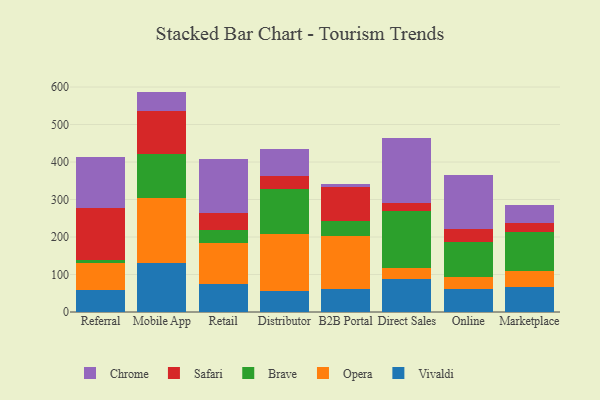
{"axis": {"x": "Channel", "y": "Production Output"}, "legend": ["Brave", "Chrome", "Opera", "Safari", "Vivaldi"], "data": [{"x": "Referral", "y": 59.1, "type": "Vivaldi"}, {"x": "Referral", "y": 71.6, "type": "Opera"}, {"x": "Referral", "y": 8.2, "type": "Brave"}, {"x": "Referral", "y": 138.8, "type": "Safari"}, {"x": "Referral", "y": 136.6, "type": "Chrome"}, {"x": "Mobile App", "y": 130.8, "type": "Vivaldi"}, {"x": "Mobile App", "y": 172.1, "type": "Opera"}, {"x": "Mobile App", "y": 117.7, "type": "Brave"}, {"x": "Mobile App", "y": 115.1, "type": "Safari"}, {"x": "Mobile App", "y": 52.1, "type": "Chrome"}, {"x": "Retail", "y": 75.3, "type": "Vivaldi"}, {"x": "Retail", "y": 109.0, "type": "Opera"}, {"x": "Retail", "y": 34.9, "type": "Brave"}, {"x": "Retail", "y": 43.9, "type": "Safari"}, {"x": "Retail", "y": 144.7, "type": "Chrome"}, {"x": "Distributor", "y": 55.6, "type": "Vivaldi"}, {"x": "Distributor", "y": 153.3, "type": "Opera"}, {"x": "Distributor", "y": 120.3, "type": "Brave"}, {"x": "Distributor", "y": 34.5, "type": "Safari"}, {"x": "Distributor", "y": 71.6, "type": "Chrome"}, {"x": "B2B Portal", "y": 61.3, "type": "Vivaldi"}, {"x": "B2B Portal", "y": 140.6, "type": "Opera"}, {"x": "B2B Portal", "y": 41.5, "type": "Brave"}, {"x": "B2B Portal", "y": 91.2, "type": "Safari"}, {"x": "B2B Portal", "y": 6.8, "type": "Chrome"}, {"x": "Direct Sales", "y": 87.2, "type": "Vivaldi"}, {"x": "Direct Sales", "y": 30.9, "type": "Opera"}, {"x": "Direct Sales", "y": 152.6, "type": "Brave"}, {"x": "Direct Sales", "y": 20.9, "type": "Safari"}, {"x": "Direct Sales", "y": 173.5, "type": "Chrome"}, {"x": "Online", "y": 61.0, "type": "Vivaldi"}, {"x": "Online", "y": 32.1, "type": "Opera"}, {"x": "Online", "y": 94.4, "type": "Brave"}, {"x": "Online", "y": 34.5, "type": "Safari"}, {"x": "Online", "y": 142.7, "type": "Chrome"}, {"x": "Marketplace", "y": 67.2, "type": "Vivaldi"}, {"x": "Marketplace", "y": 43.0, "type": "Opera"}, {"x": "Marketplace", "y": 102.2, "type": "Brave"}, {"x": "Marketplace", "y": 25.6, "type": "Safari"}, {"x": "Marketplace", "y": 48.5, "type": "Chrome"}]}